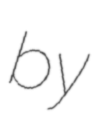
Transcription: by